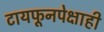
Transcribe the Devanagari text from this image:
टायफूनपेक्षाही